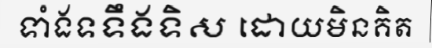
ទាំងទទឹងទិស ដោយមិនគិត